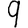
Digit: 9